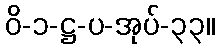
ဝိ-၁-ဋ္ဌ-ပ-အုပ်-၃၃။